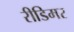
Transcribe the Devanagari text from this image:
रीडिमर